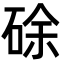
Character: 硢